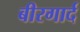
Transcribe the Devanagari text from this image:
बीरगार्द